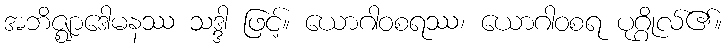
အဘိဇ္ဈာဒေါမနဿ သဒ္ဒါ ဖြင့်။ ယောဂါဝစရဿ၊ ယောဂါဝစရ ပုဂ္ဂိုလ်၏။